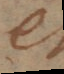
et